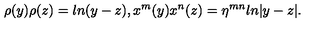
\rho ( y ) \rho ( z ) = l n ( y - z ) , x ^ { m } ( y ) x ^ { n } ( z ) = \eta ^ { m n } l n | y - z | .